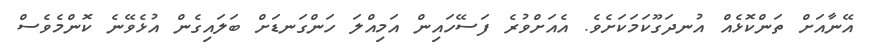
އޭނާއަށް ތަންކޮޅެއް އުނދަގޫކަމަކަށެވެ. އެއަށްވުރެ ފަސޭހައިން އަމިއްލަ ހަންގަނޑަށް ބަލައިގެން އުޅެވޭނެ ކޮންމެވެސް